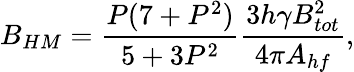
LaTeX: B_{HM}=\frac{P(7+P^{2})}{5+3P^{2}}\frac{3h\gamma B_{tot}^{2}}{4\pi A_{hf}},